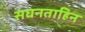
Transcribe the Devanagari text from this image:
संघनताहिन